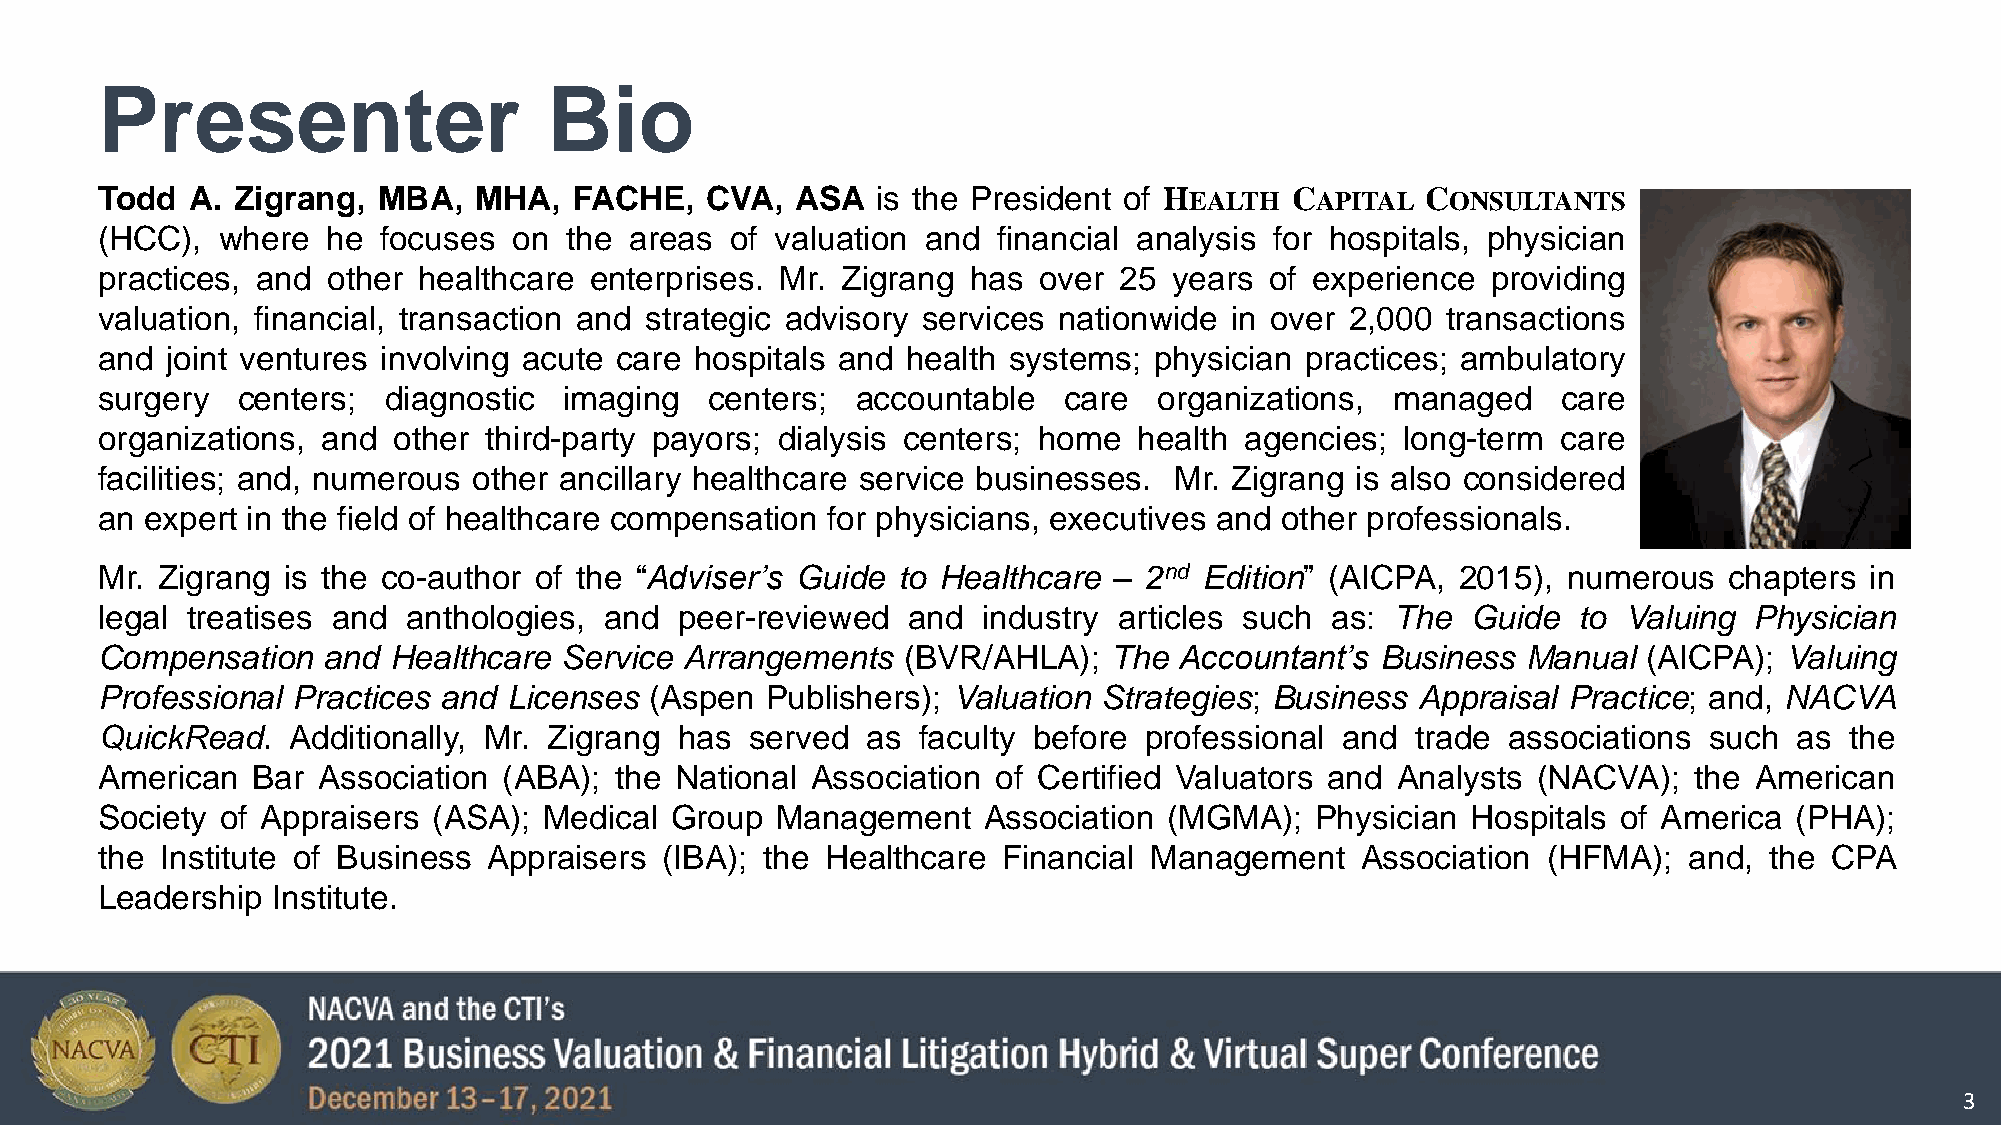
Presenter                     Bio
 Todd  A. Zigrang,  MBA,  MHA,   FACHE,   CVA,  ASA  is the President of HEALTH CAPITAL  CONSULTANTS
 (HCC),  where   he focuses  on the  areas of valuation and  financial analysis for hospitals, physician
 practices, and  other healthcare enterprises. Mr. Zigrang has  over 25  years of experience  providing
 valuation, financial, transaction and strategic advisory services nationwide in over 2,000 transactions
 and  joint ventures involving acute care hospitals and health systems; physician practices; ambulatory
 surgery   centers; diagnostic  imaging   centers;  accountable  care   organizations, managed    care
 organizations, and  other third-party payors; dialysis centers; home health agencies;  long-term care
 facilities; and, numerous other ancillary healthcare service businesses. Mr. Zigrang is also considered
 an  expert in the field of healthcare compensation for physicians, executives and other professionals.
 Mr. Zigrang  is the co-author of the “Adviser’s Guide to Healthcare – 2nd Edition” (AICPA, 2015), numerous  chapters  in
 legal treatises and  anthologies, and  peer-reviewed  and  industry articles such as: The  Guide  to  Valuing Physician
 Compensation   and  Healthcare Service Arrangements   (BVR/AHLA);  The  Accountant’s Business  Manual  (AICPA); Valuing
 Professional Practices and  Licenses (Aspen  Publishers); Valuation Strategies; Business Appraisal Practice; and, NACVA
 QuickRead.   Additionally, Mr. Zigrang has  served as  faculty before professional and  trade associations such  as the
 American   Bar Association (ABA);  the National Association of Certified Valuators and Analysts (NACVA);  the American
 Society  of Appraisers (ASA); Medical Group  Management    Association (MGMA);   Physician Hospitals of America  (PHA);
 the  Institute of Business Appraisers (IBA); the Healthcare Financial Management    Association (HFMA);   and, the CPA
 Leadership  Institute.
 3